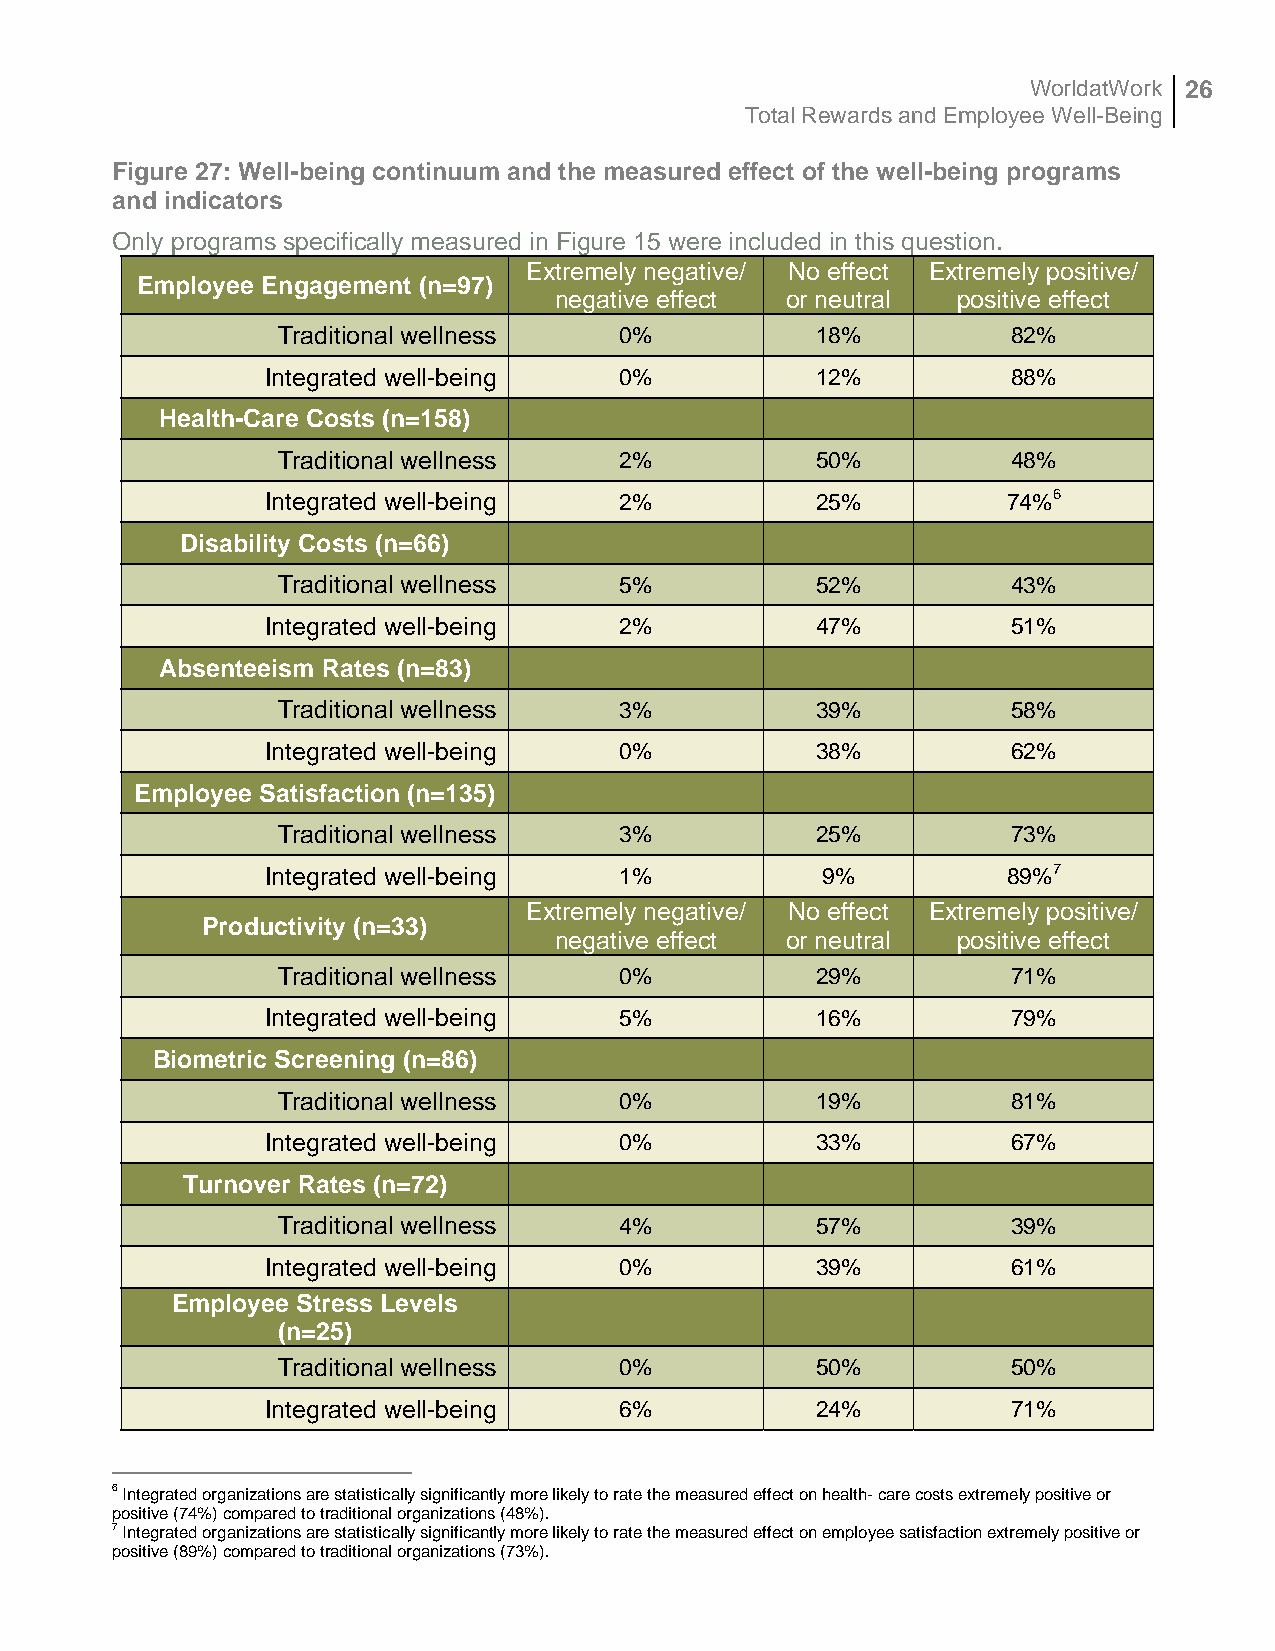
WorldatWork 26
 Total Rewards and Employee Well-Being
 Figure 27: Well-being continuum and the measured effect of the well-being programs
 and indicators
 Only programs specifically measured in Figure 15 were included in this question.
 Extremely negative/ No effect Extremely positive/
 Employee Engagement (n=97)
 negative effect or neutral positive effect
 Traditional wellness   0%           18%          82%
 Integrated well-being  0%           12%          88%
 Health-Care Costs (n=158)
 Traditional wellness   2%           50%          48%
 Integrated well-being  2%           25%          74%6
 Disability Costs (n=66)
 Traditional wellness   5%           52%          43%
 Integrated well-being  2%           47%          51%
 Absenteeism Rates (n=83)
 Traditional wellness   3%           39%          58%
 Integrated well-being  0%           38%          62%
 Employee Satisfaction (n=135)
 Traditional wellness   3%           25%          73%
 Integrated well-being  1%           9%           89%7
 Extremely negative/ No effect Extremely positive/
 Productivity (n=33)
 negative effect or neutral positive effect
 Traditional wellness   0%           29%          71%
 Integrated well-being  5%           16%          79%
 Biometric Screening (n=86)
 Traditional wellness   0%           19%          81%
 Integrated well-being  0%           33%          67%
 Turnover Rates (n=72)
 Traditional wellness   4%           57%          39%
 Integrated well-being  0%           39%          61%
 Employee Stress Levels
 (n=25)
 Traditional wellness   0%           50%          50%
 Integrated well-being  6%           24%          71%
 6 Integrated organizations are statistically significantly more likely to rate the measured effect on health- care costs extremely positive or
 positive (74%) compared to traditional organizations (48%).
 7 Integrated organizations are statistically significantly more likely to rate the measured effect on employee satisfaction extremely positive or
 positive (89%) compared to traditional organizations (73%).